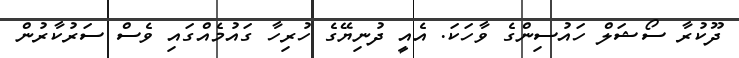
ދޫކުރާ ސޯޝަލް ހައުސިންގެ ވާހަކަ. އެއީ ދުނިޔޭގެ ހުރިހާ ގައުމެއްގައި ވެސް ސަރުކާރުން